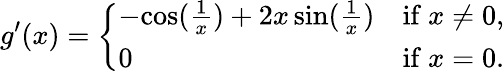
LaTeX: g^{\prime}(x)={\left\{ \begin{array}{ll}{-{\mathord{\cos({\frac{1}{x}})}}+2x\sin({\frac{1}{x}})}&{{\mathrm{if~}}x\neq 0,}\\ {0}&{{\mathrm{if~}}x=0.}\end{array}\right.}